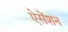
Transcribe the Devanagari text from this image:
ऐसेंशन